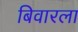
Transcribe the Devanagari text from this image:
बिवारला